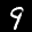
Label: 9